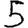
Digit: 5